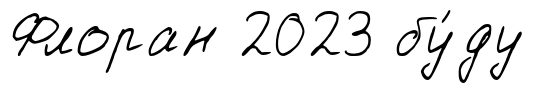
Флоран 2023 бу́ду